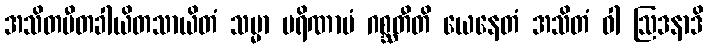
အသိတပီတခါယိတသာယိတံ သမ္မာ ပရိဏာမံ ဂစ္ဆတီတိ ယေနေတံ အသိတံ ဝါ ဩဒနာဒိ